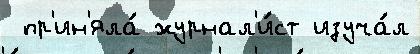
 пр'ин'яла́ журнал'и́ст изуча́л